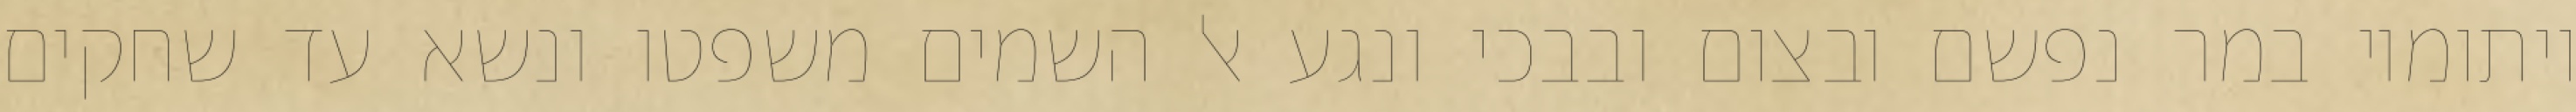
ויתומיו במר נפשם ובצום ובבכי ונגע אל השמים משפטו ונשא עד שחקים